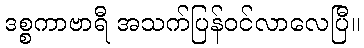
ဒစ္စကာဗာရီ အသက်ပြန်ဝင်လာလေပြီ။